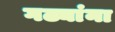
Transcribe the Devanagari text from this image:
गढ्यांना